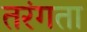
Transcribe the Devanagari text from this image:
तरंगता